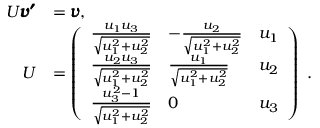
\begin{array} { r l } { U \pmb { v ^ { \prime } } } & { = \pmb { v } , \; \; } \\ { U } & { = \left( \begin{array} { l l l } { \frac { u _ { 1 } u _ { 3 } } { \sqrt { u _ { 1 } ^ { 2 } + u _ { 2 } ^ { 2 } } } } & { - \frac { u _ { 2 } } { \sqrt { u _ { 1 } ^ { 2 } + u _ { 2 } ^ { 2 } } } } & { u _ { 1 } } \\ { \frac { u _ { 2 } u _ { 3 } } { \sqrt { u _ { 1 } ^ { 2 } + u _ { 2 } ^ { 2 } } } } & { \frac { u _ { 1 } } { \sqrt { u _ { 1 } ^ { 2 } + u _ { 2 } ^ { 2 } } } } & { u _ { 2 } } \\ { \frac { u _ { 3 } ^ { 2 } - 1 } { \sqrt { u _ { 1 } ^ { 2 } + u _ { 2 } ^ { 2 } } } } & { 0 } & { u _ { 3 } } \end{array} \right) \; . } \end{array}